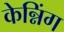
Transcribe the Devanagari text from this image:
केन्निंग